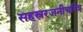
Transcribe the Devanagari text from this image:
सहस्ररजनीचरित्र